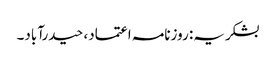
بشکریہ: روزنامہ اعتماد، حیدرآباد۔